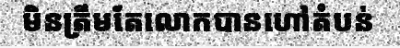
មិនត្រឹមតែលោកបានហៅតំបន់